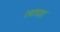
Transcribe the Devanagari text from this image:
लाद्या